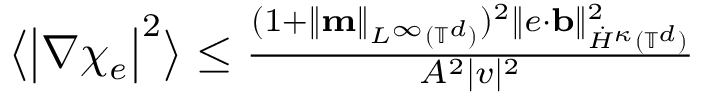
\begin{array} { r } { \bigl \langle \bigl | \nabla \chi _ { e } \bigr | ^ { 2 } \bigr \rangle \leq \frac { ( 1 + \| \mathbf { m } \| _ { L ^ { \infty } ( \ensuremath { \mathbb { T } } ^ { d } ) } ) ^ { 2 } \| e \cdot \ensuremath { \mathbf { b } } \| _ { \dot { H } ^ { \kappa } ( \ensuremath { \mathbb { T } } ^ { d } ) } ^ { 2 } } { A ^ { 2 } | v | ^ { 2 } } } \end{array}